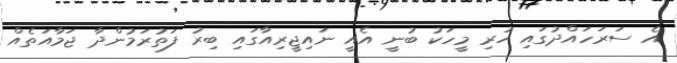
އެ ސަރަހައްދުގައި ހުރި މީހަކު ބުނީ އެއީ ނައިޖީރިއާގައި ބިރު ފަތުރަމުންދާ ޖަމާއަތެއް